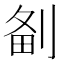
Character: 𠝘